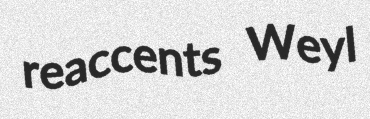
reaccents Weyl